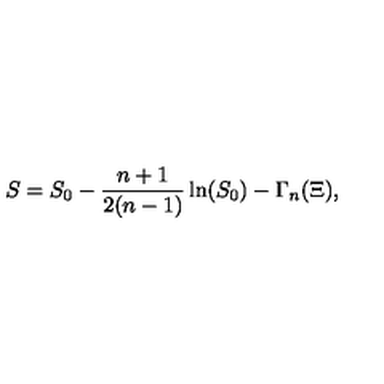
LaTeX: S = S _ { 0 } - \frac { n + 1 } { 2 ( n - 1 ) } \ln ( S _ { 0 } ) - \Gamma _ { n } ( \Xi ) ,